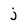
Character: j